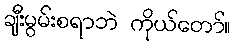
ချီးမွမ်းစရာဘဲ ကိုယ်တော်။